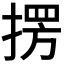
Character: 𭡥